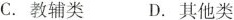
C. 教辅类 D. 其他类